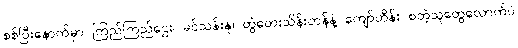
စစ်ပြီးနောက်မှာ ကြည်ကြည်ဌေး၊ ခင်သန်းနု၊ တွံတေးသိန်းတန်နဲ့ ကျော်ဟိန်း စတဲ့သူတွေလောက်ပဲ